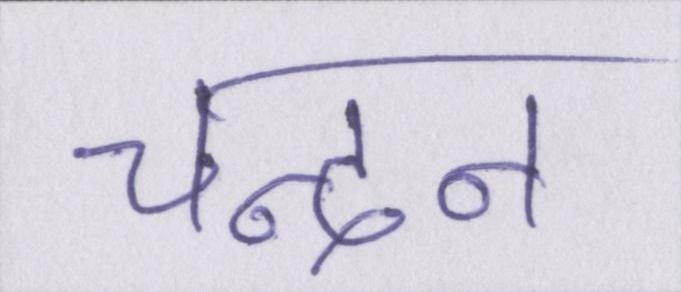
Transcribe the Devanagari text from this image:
चन्दन